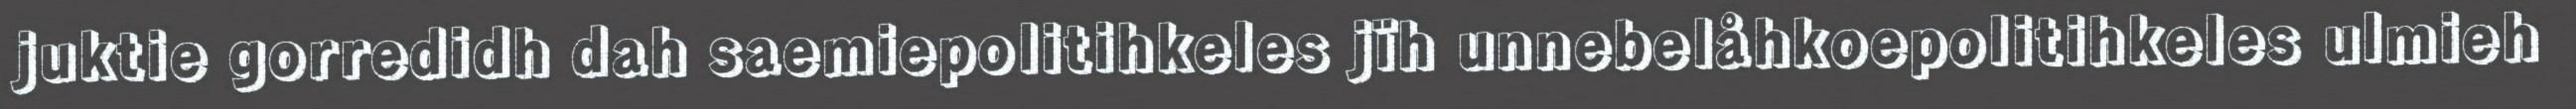
juktie gorredidh dah saemiepolitihkeles jïh unnebelåhkoepolitihkeles ulmieh